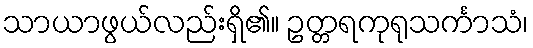
သာယာဖွယ်လည်းရှိ၏။ ဥတ္တရကုရုသင်္ကာသံ၊